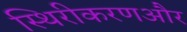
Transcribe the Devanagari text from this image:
स्थिरीकरणऔर